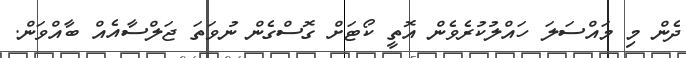
ދެން މި މައްސަލަ ހައްލުކުރެވެން އޮތީ ކޯޓަށް ގޮސްގެން ނުވަތަ ޖަލްސާއެއް ބާއްވަން.